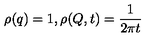
\rho ( q ) = 1 , \rho ( Q , t ) = { \frac { 1 } { 2 \pi t } }